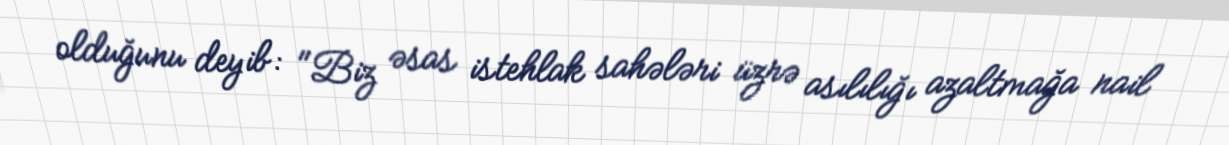
olduğunu deyib: "Biz əsas istehlak sahələri üzrə asılılığı azaltmağa nail